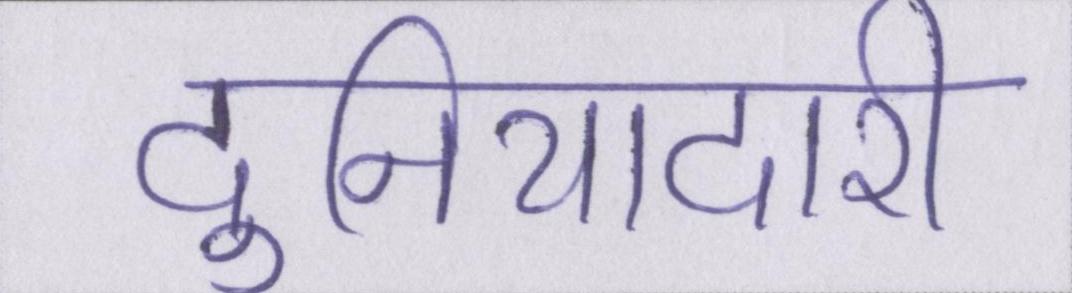
दुनियादारी